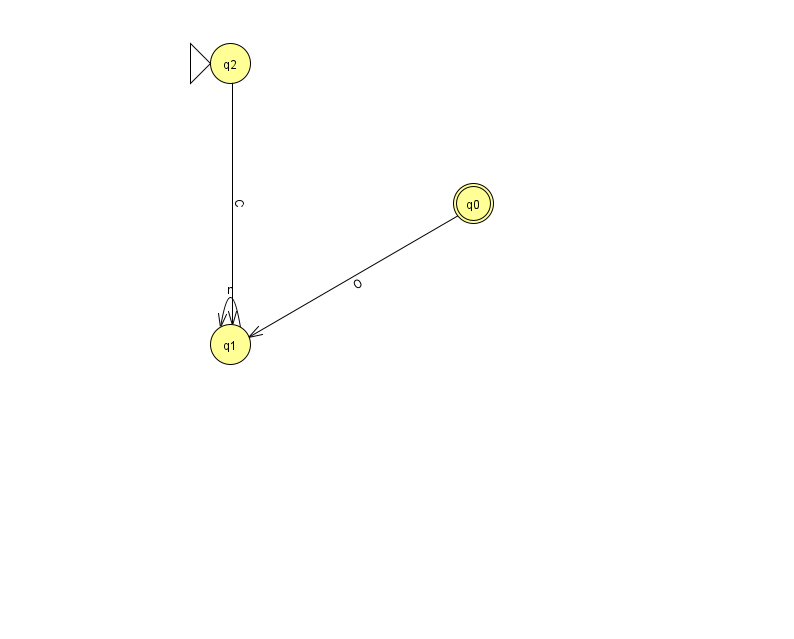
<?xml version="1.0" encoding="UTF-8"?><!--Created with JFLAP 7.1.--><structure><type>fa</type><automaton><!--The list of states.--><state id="0" name="q0"><x>473.0</x><y>190.0</y><final/></state><state id="1" name="q1"><x>230.0</x><y>331.0</y></state><state id="2" name="q2"><x>230.0</x><y>50.0</y><initial/></state><!--The list of transitions.--><transition><from>2</from><to>1</to><read>C</read></transition><transition><from>0</from><to>1</to><read>O</read></transition><transition><from>1</from><to>1</to><read>n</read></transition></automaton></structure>